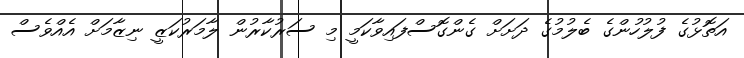
އަތޮޅުގެ ފުލުހުންގެ ބެލުމުގެ ދަށަށް ގެންގޮސްފައިވާކަމީ މި ސަރުކާރުން ލާމަރުކަޒީ ނިޒާމަށް އެއްވެސް